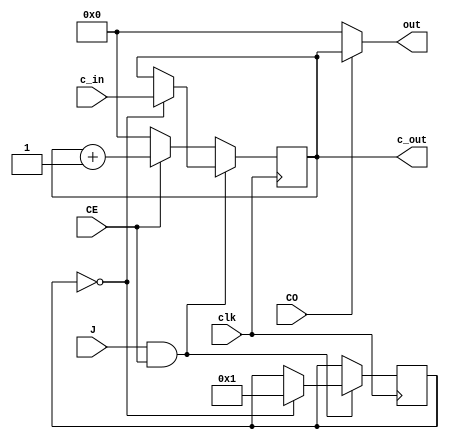
//A standard 74ls161 IC verilog code implementation


module counter(clk, c_out, out, c_in, J, CE, CO);
	input clk, J, CE, CO;
	input [0:3]c_in;
	output [0:3]out;
	output reg[0:3]c_out;
	integer flag = 0;
	
	always @(posedge clk)begin
		if(J&&CE) begin
			if(flag==1'b0)begin
				c_out = c_in;
				flag = 1;
			end
		end
		
		else if(CE)begin
			c_out = c_out+1;
		end
	
		else begin
			c_out = 4'b0000;
		end
	end
	assign out = CO ? c_out:
			4'b0000;
endmodule